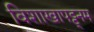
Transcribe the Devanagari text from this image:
विशाखापट्ट्नम